Annual statistical returns and brief notes on vaccination in Bengal - 1909-1929
Year: 1909
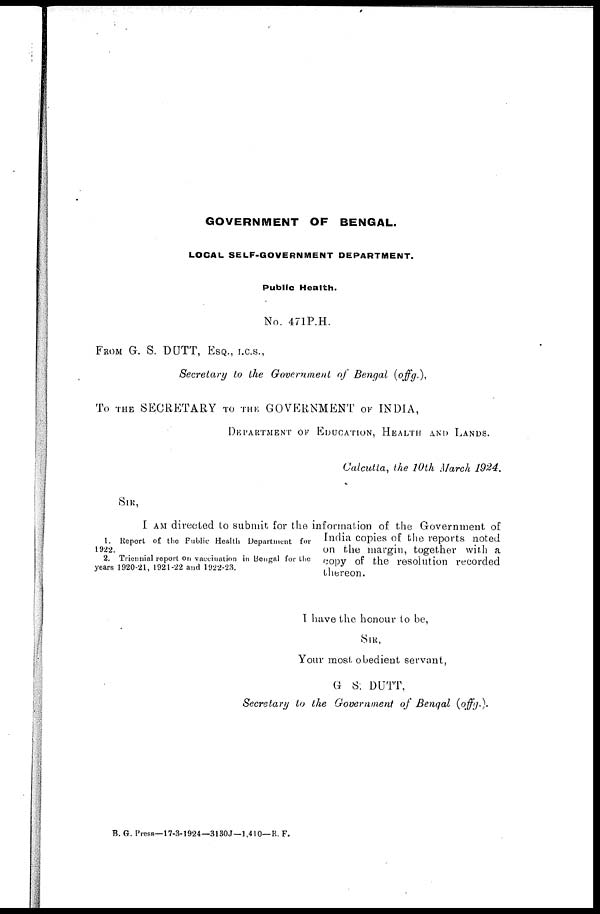
GOVERNMENT OF BENGAL.
LOCAL SELF-GOVERNMENT DEPARTMENT.
Public Health.
No. 471P.H.
FROM G. S. DUTT, ESQ., I.C.S.,
Secretary to the Government of Bengal (offg.),
To THE SECRETARY TO THE GOVERNMENT OF INDIA,
DEPARTMENT OF EDUCATION, HEALTH AND LANDS.
Calcutta, the 10th March 1924.
1. Report of the Public Health Department for
1922.
2. Triennial report on vaccination in Bengal for the
years 1920-21, 1921-22 and 1922-23.
SIR,
I AM directed to submit for the information of the Government of
India copies of the reports noted
on the margin, together with a
copy of the resolution recorded
thereon.
I have the honour to be,
SIR,
Your most obedient servant,
G. S. DUTT,
Secretary to the Government of Bengal (offg.).
B. G. Press—17-3-1924—3130J—1,410— R. F.